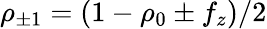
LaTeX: \rho_{\pm 1}=(1-\rho_{0}\pm f_{z})/2